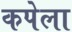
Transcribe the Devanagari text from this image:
कपेला